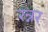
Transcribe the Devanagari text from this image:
रन्नर